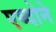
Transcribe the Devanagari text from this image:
एब्दोने